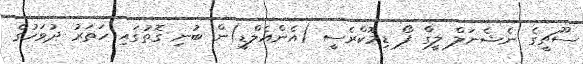
ސޫޗީގެ ނެޝެނަލް ލީގް ފޯ ޑިމޮކްރެސީ (އެންއެލްޑީ)ން ބުނި ގޮތުގައި ހަތަރު ދުވަހުގެ